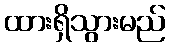
ထားရှိသွားမည်